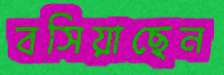
বসিয়াছেন